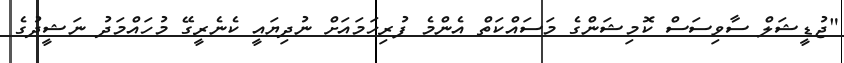
"ޖުޑީޝަލް ސާވިސަސް ކޮމިޝަންގެ މަސައްކަތް އެންމެ ފުރިހަމައަށް ނުދިޔައީ ކެނެރީގޭ މުހައްމަދު ނަޝީދުގެ